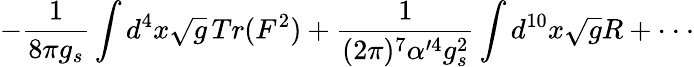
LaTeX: -\frac{1}{8\pi g_{s}}\int d^{4}x\sqrt{g}\, Tr(F^{2})+\frac{1}{(2\pi)^{7}\alpha^{\prime 4}g_{s}^{2}}\int d^{10}x\sqrt{g}R+\cdot\cdot\cdot